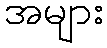
အများ